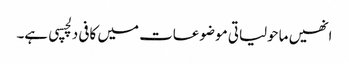
انھیں ماحولیاتی موضوعات میں کافی دلچسپی ہے۔